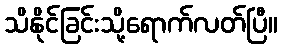
သိနိုင်ခြင်းသို့ရောက်လတ်ပြီ။